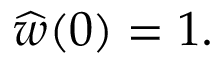
\widehat { w } ( 0 ) = 1 .